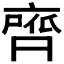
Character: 𮮺